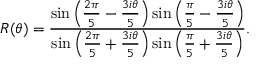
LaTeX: R ( \theta ) = \frac { \sin \left( \frac { 2 \pi } { 5 } - \frac { 3 i \theta } { 5 } \right) \sin \left( \frac { \pi } { 5 } - \frac { 3 i \theta } { 5 } \right) } { \sin \left( \frac { 2 \pi } { 5 } + \frac { 3 i \theta } { 5 } \right) \sin \left( \frac { \pi } { 5 } + \frac { 3 i \theta } { 5 } \right) } .